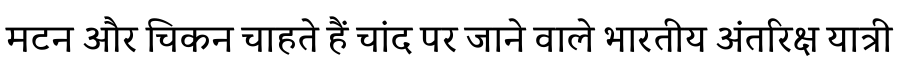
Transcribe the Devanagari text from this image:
मटन और चिकन चाहते हैं चांद पर जाने वाले भारतीय अंतरिक्ष यात्री